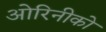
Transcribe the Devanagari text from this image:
ओरिनीको